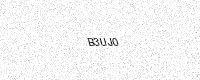
Text: B3UJ0